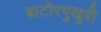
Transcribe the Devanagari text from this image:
बाटोरपुखुरी